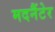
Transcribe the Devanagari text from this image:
मदनैंटेर